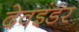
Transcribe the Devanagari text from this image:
देवइंडर